Indian Medical Review
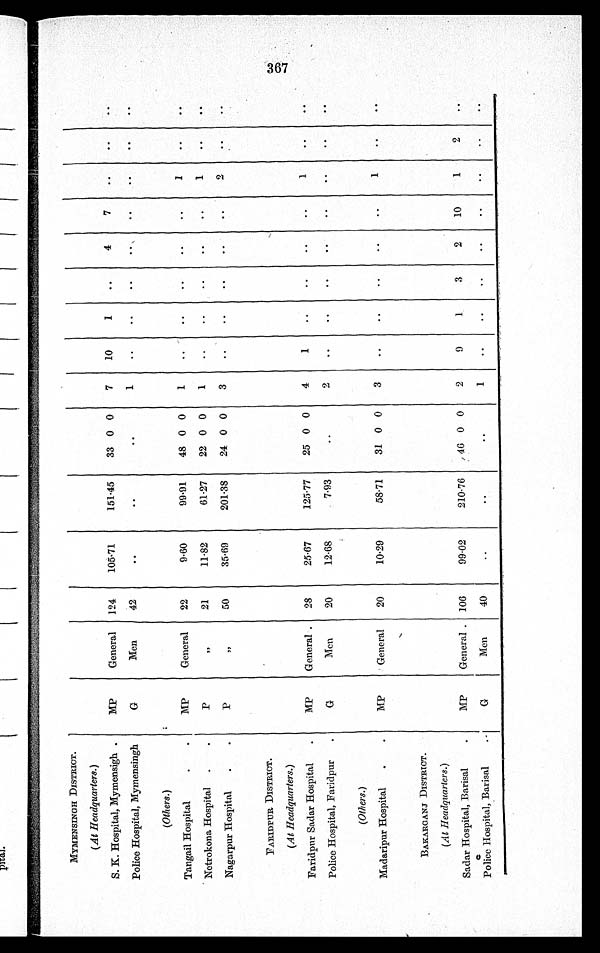
MYMENSINGH DISTRICT.
(At Headquarters.)
S. K. Hospital, Mymensigh .
MP
General
124
105·71
151·45
33 0 0
7
10
1
..
4
7
. .
. .
. .
Police Hospital, Mymensingh
G
Men
42
..
..
..
1
. .
. .
. .
. .
. .
. .
. .
. .
(Others.)
Tangail Hospital
MP
General
22
9·60
99·91
48 0 0
1
..
..
..
..
..
1
..
. .
Netrokona Hospital
P
„
21
11·82
61·27
22 0 0
1
..
..
..
..
..
1
..
..
Nagarpur Hospital
P
„
50
35·69
201·38
24 0 0
3
..
..
..
..
..
FARIDPUR DISTRICT.
(At Headquarters.)
Faridpur Sadar Hospital
MP
General
28
25·67
125·77
25 0 0
4
1
. .
. .
. .
. .
1
. .
. .
Police Hospital, Faridpur
G
Men
20
12·68
7·93
..
2
..
..
..
..
..
..
. .
. .
(Others.)
Madaripur Hospital
MP
General
20
10·29
58·71
31 0 0
3
..
..
..
..
..
1
. .
. .
BAKARGANJ DISTRICT.
(At Headquarters.)
Sadar Hospital, Barisal
MP
General
106
99·02
210·76
46 0 0
2
9
1
3
2
10
1
2
..
Police Hospital, Barisal
G
Men
4
..
..
..
1
. .
. .
. .
. .
. .
. .
. .
. .